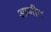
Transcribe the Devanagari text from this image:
आणीन